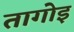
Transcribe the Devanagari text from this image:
तागोइ